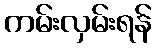
ကမ်းလှမ်းရန်